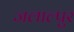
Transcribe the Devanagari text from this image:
जलाल्पुर